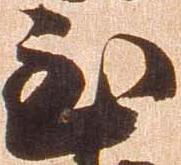
至